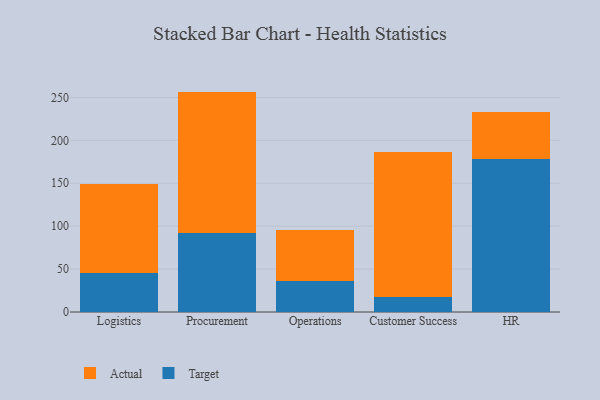
{"axis": {"x": "Department", "y": "Shipments"}, "legend": ["Actual", "Target"], "data": [{"x": "Logistics", "y": 45.3, "type": "Target"}, {"x": "Logistics", "y": 103.3, "type": "Actual"}, {"x": "Procurement", "y": 91.8, "type": "Target"}, {"x": "Procurement", "y": 165.0, "type": "Actual"}, {"x": "Operations", "y": 36.0, "type": "Target"}, {"x": "Operations", "y": 59.6, "type": "Actual"}, {"x": "Customer Success", "y": 17.6, "type": "Target"}, {"x": "Customer Success", "y": 168.8, "type": "Actual"}, {"x": "HR", "y": 177.9, "type": "Target"}, {"x": "HR", "y": 54.7, "type": "Actual"}]}